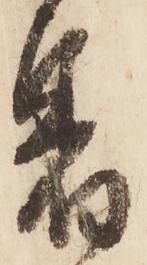
着